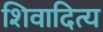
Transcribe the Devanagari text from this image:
शिवादित्य